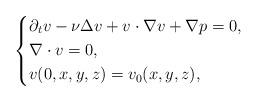
LaTeX: \begin{align*}\left\{\begin{aligned}&\partial_t v-\nu\Delta v+v\cdot\nabla v+\nabla p=0,\\&\nabla\cdot v=0,\\&v(0,x,y,z)=v_0(x,y,z),\end{aligned}\right.\end{align*}